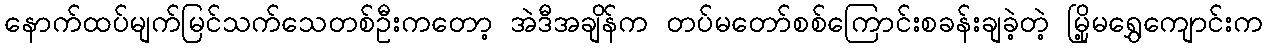
နောက်ထပ်မျက်မြင်သက်သေတစ်ဦးကတော့ အဲဒီအချိန်က တပ်မတော်စစ်ကြောင်းစခန်းချခဲ့တဲ့ မြို့မရွှေကျောင်းက